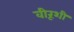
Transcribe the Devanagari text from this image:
वीरूशी